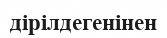
дірілдегенінен